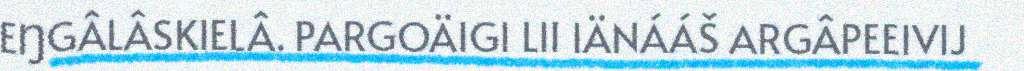
EŊGÂLÂSKIELÂ. PARGOÄIGI LII IÄNÁÁŠ ARGÂPEEIVIJ